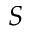
S